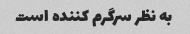
به نظر سرگرم کننده است